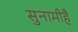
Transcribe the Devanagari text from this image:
सुनामीहै